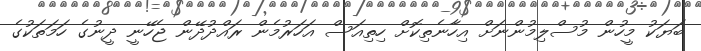
ބަޔަކު މީހުން މުސްލިމުންނަށް އިހާނެތިކޮށް ހިތިއަސް އަހަރުމެން ރައްދުދޭން ޖެހޭނީ ދީނުގެ ހަމަތަކުގެ